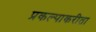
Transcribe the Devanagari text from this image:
प्रकल्पाकरीता